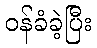
ဝန်ခံခဲ့ပြီး